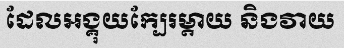
ដែលអង្គុយក្បែរម្តាយ និងវាយ